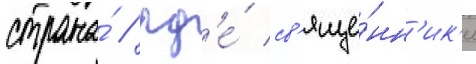
страна́ / гд'е́ св'яще́нн'ик'и